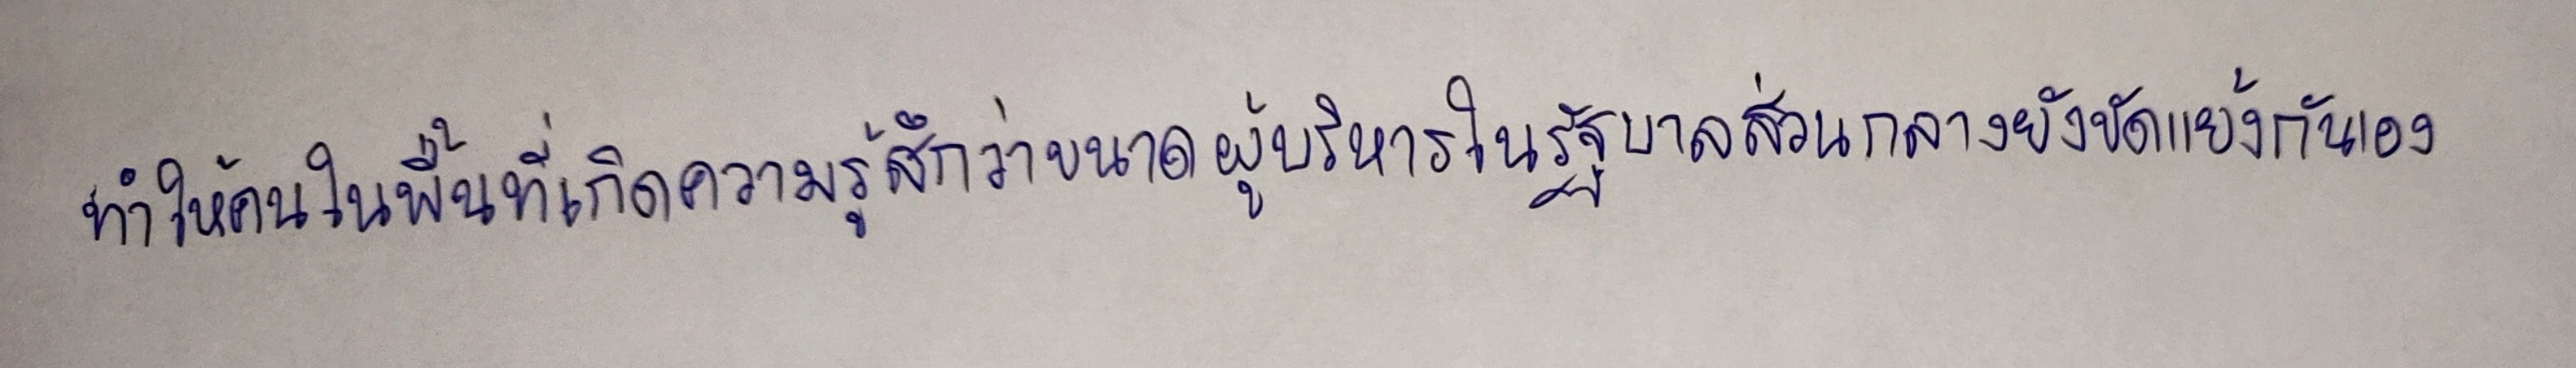
ทำให้คนในพื้นที่เกิดความรู้สึกว่าขนาดผู้บริหารในรัฐบาลส่วนกลางยังขัดแย้งกันเอง